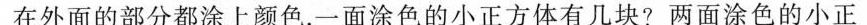
在外面的部分都涂上颜色。一面涂色的小正